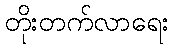
တိုးတက်လာရေး